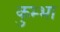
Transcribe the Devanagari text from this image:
कुम्‍भा